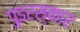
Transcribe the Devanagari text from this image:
पुइरस्कार